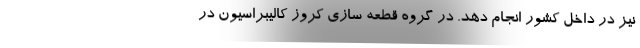
نیز در داخل کشور انجام دهد. در گروه قطعه سازی کروز کالیبراسیون در